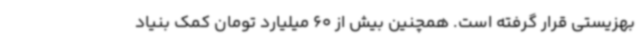
بهزیستی قرار گرفته است. همچنین بیش از 60 میلیارد تومان کمک بنیاد